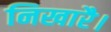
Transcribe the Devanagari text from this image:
निखारै।